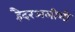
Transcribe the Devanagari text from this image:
हैदरअलीशी